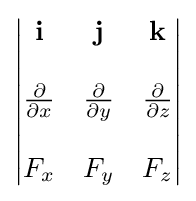
{\begin{vmatrix}\mathbf {i} &\mathbf {j} &\mathbf {k} \\\\{\frac {\partial }{\partial x}}&{\frac {\partial }{\partial y}}&{\frac {\partial }{\partial z}}\\\\F_{x}&F_{y}&F_{z}\end{vmatrix}}